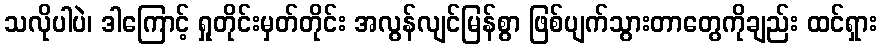
သလိုပါပဲ၊ ဒါကြောင့် ရှုတိုင်းမှတ်တိုင်း အလွန်လျင်မြန်စွာ ဖြစ်ပျက်သွားတာတွေကိုချည်း ထင်ရှား